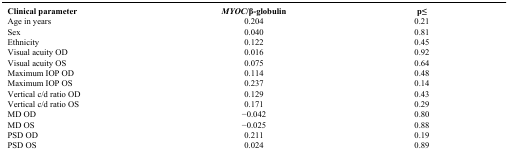
| Clinical parameter | MYOC/β-globulin | p≤ |
 | --- | --- | --- |
 | Age in years | 0.204 | 0.21 |
 | Sex | 0.040 | 0.81 |
 | Ethnicity | 0.122 | 0.45 |
 | Visual acuity OD | 0.016 | 0.92 |
 | Visual acuity OS | 0.075 | 0.64 |
 | Maximum IOP OD | 0.114 | 0.48 |
 | Maximum IOP OS | 0.237 | 0.14 |
 | Vertical c/d ratio OD | 0.129 | 0.43 |
 | Vertical c/d ratio OS | 0.171 | 0.29 |
 | MD OD | −0.042 | 0.80 |
 | MD OS | −0.025 | 0.88 |
 | PSD OD | 0.211 | 0.19 |
 | PSD OS | 0.024 | 0.89 |